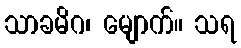
သာခမိဂ၊ မျောက်။ သရ